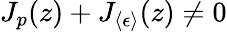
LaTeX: J_{p}(z)+J_{\langle\epsilon\rangle}(z)\ne 0